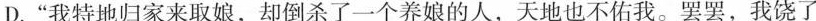
D.”我特地归家来取娘，却倒杀了一个养娘的人，天地也不佑我。罢罢，我饶了